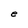
Character: e